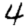
Digit: 4